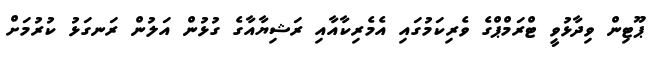
ޕޫޓިން ވިދާޅުވީ ޓްރަމްޕްގެ ވެރިކަމުގައި އެމެރިކާއާއި ރަޝިޔާއާގެ ގުޅުން އަލުން ރަނގަޅު ކުރުމަށް